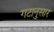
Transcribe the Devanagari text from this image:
गटानुसार